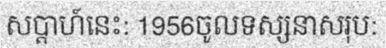
សប្តាហ៍នេះ: 1956ចូលទស្សនាសរុប: